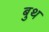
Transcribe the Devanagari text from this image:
बुथ